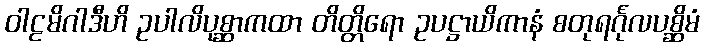
ဝါဠမိဂါဒီဟိ ဥပါလိပုစ္ဆာကထာ တိတ္တိရော ဥပဋ္ဌာယိကာနံ စတုရင်္ဂုလပစ္ဆိမံ